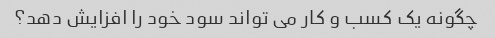
چگونه یک کسب و کار می تواند سود خود را افزایش دهد؟